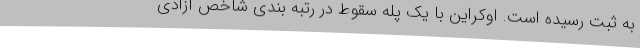
به ثبت رسیده است. اوکراین با یک پله سقوط در رتبه بندی شاخص آزادی